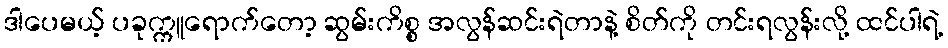
ဒါပေမယ့် ပခုက္ကူရောက်တော့ ဆွမ်းကိစ္စ အလွန်ဆင်းရဲတာနဲ့ စိတ်ကို တင်းရလွန်းလို့ ထင်ပါရဲ့